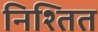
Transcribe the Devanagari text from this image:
निश्तित